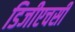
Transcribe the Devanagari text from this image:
डिजीएचसी